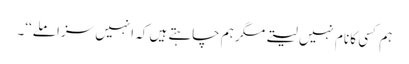
ہم کسی کا نام نہیں لیتے مگر ہم چاہتے ہیں کہ انہیں سزا ملے‘‘۔